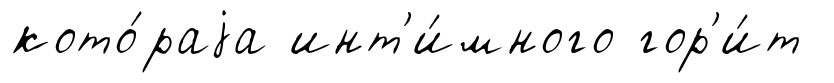
кото́раjа инт'и́много гор'и́т